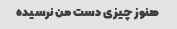
هنوز چیزی دست من نرسیده